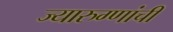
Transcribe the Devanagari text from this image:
ज्यारुग्णांची